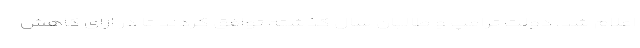
اعلام شد. دولت ترامپ و طالبان سال گذشته توافق کردند تا در ازای کاهش